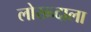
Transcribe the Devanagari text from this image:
लोख्न्दाला